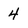
Character: 4